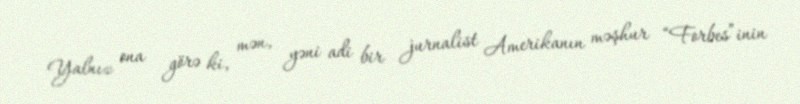
Yalnız ona görə ki, mən, yəni adi bir jurnalist Amerikanın məşhur “Forbes”inin